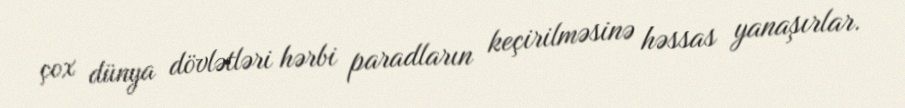
çox dünya dövlətləri hərbi paradların keçirilməsinə həssas yanaşırlar.